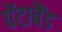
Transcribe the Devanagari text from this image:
पेंटाबैंड